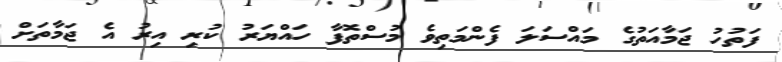
ފަތުހު ޖަމާއަތުގެ މައްސަލަ ފެންމަތިވެ މުސްތޮފާ ހައްޔަރު ކުރި އިރު އެ ޖަމާތަށް